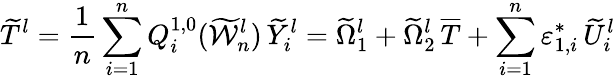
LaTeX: \widetilde{T}^{l}=\frac{1}{n}\sum_{i=1}^{n}Q_{i}^{1,0}(\widetilde{\mathcal{W}}_{n}^{l})\, \widetilde{Y}_{i}^{l}=\widetilde{\Omega}_{1}^{l}+\widetilde{\Omega}_{2}^{l}\, \overline{{T}}+\sum_{i=1}^{n}\varepsilon_{1,i}^{*}\, \widetilde{U}_{i}^{l}